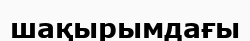
шақырымдағы